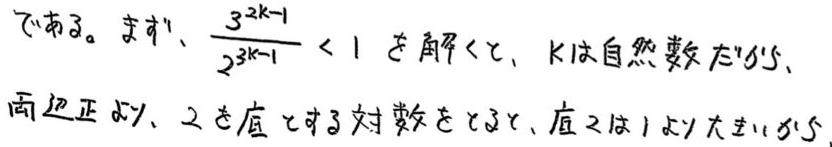
である。まず、$\frac{3^{2k - 1}}{2^{3k - 1}} < 1$ を解いて、$k$ は自然数だから、両辺正なので、2 を底とする対数をとると、底 2 は 1 より大きいから、